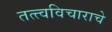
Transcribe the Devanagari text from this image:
तत्त्वविचाराचे